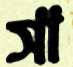
সা